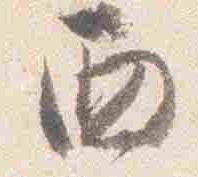
西